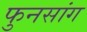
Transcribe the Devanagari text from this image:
फुनसांग